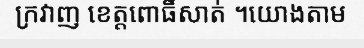
ក្រវាញ ខេត្តពោធិ៍សាត់ ។យោងតាម